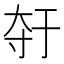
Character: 𫯣